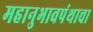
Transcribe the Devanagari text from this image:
महानुभावपंथाचा